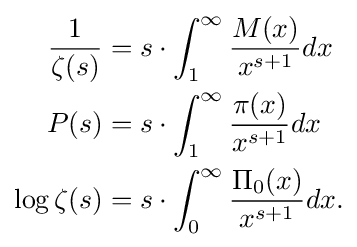
{\begin{aligned}{\frac {1}{\zeta (s)}}&=s\cdot \int _{1}^{\infty }{\frac {M(x)}{x^{s+1}}}dx\\P(s)&=s\cdot \int _{1}^{\infty }{\frac {\pi (x)}{x^{s+1}}}dx\\\log \zeta (s)&=s\cdot \int _{0}^{\infty }{\frac {\Pi _{0}(x)}{x^{s+1}}}dx.\end{aligned}}